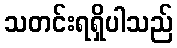
သတင်းရရှိပါသည်